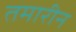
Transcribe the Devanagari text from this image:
तमारीन